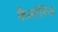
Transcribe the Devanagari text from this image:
कैलोरिज